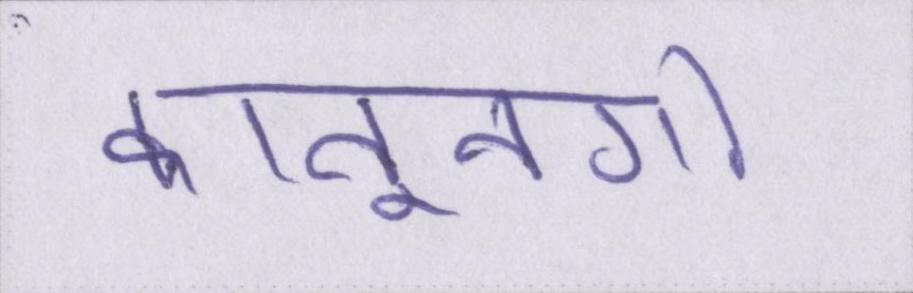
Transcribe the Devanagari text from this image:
कानूनगो